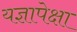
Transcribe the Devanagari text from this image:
यज्ञापेक्षा